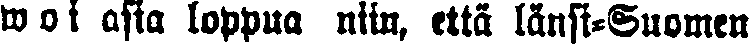
woi asia loppua niin, että länsi-Suomen